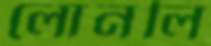
লোনলি